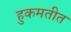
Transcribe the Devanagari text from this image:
हुकमतीत